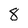
Character: 8